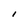
Character: l